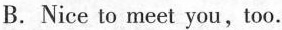
B.Nice to meet you,too.